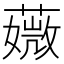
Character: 𦾡